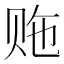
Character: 𬥵